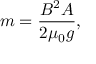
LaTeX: m = { \frac { B ^ { 2 } A } { 2 \mu _ { 0 } g } } ,